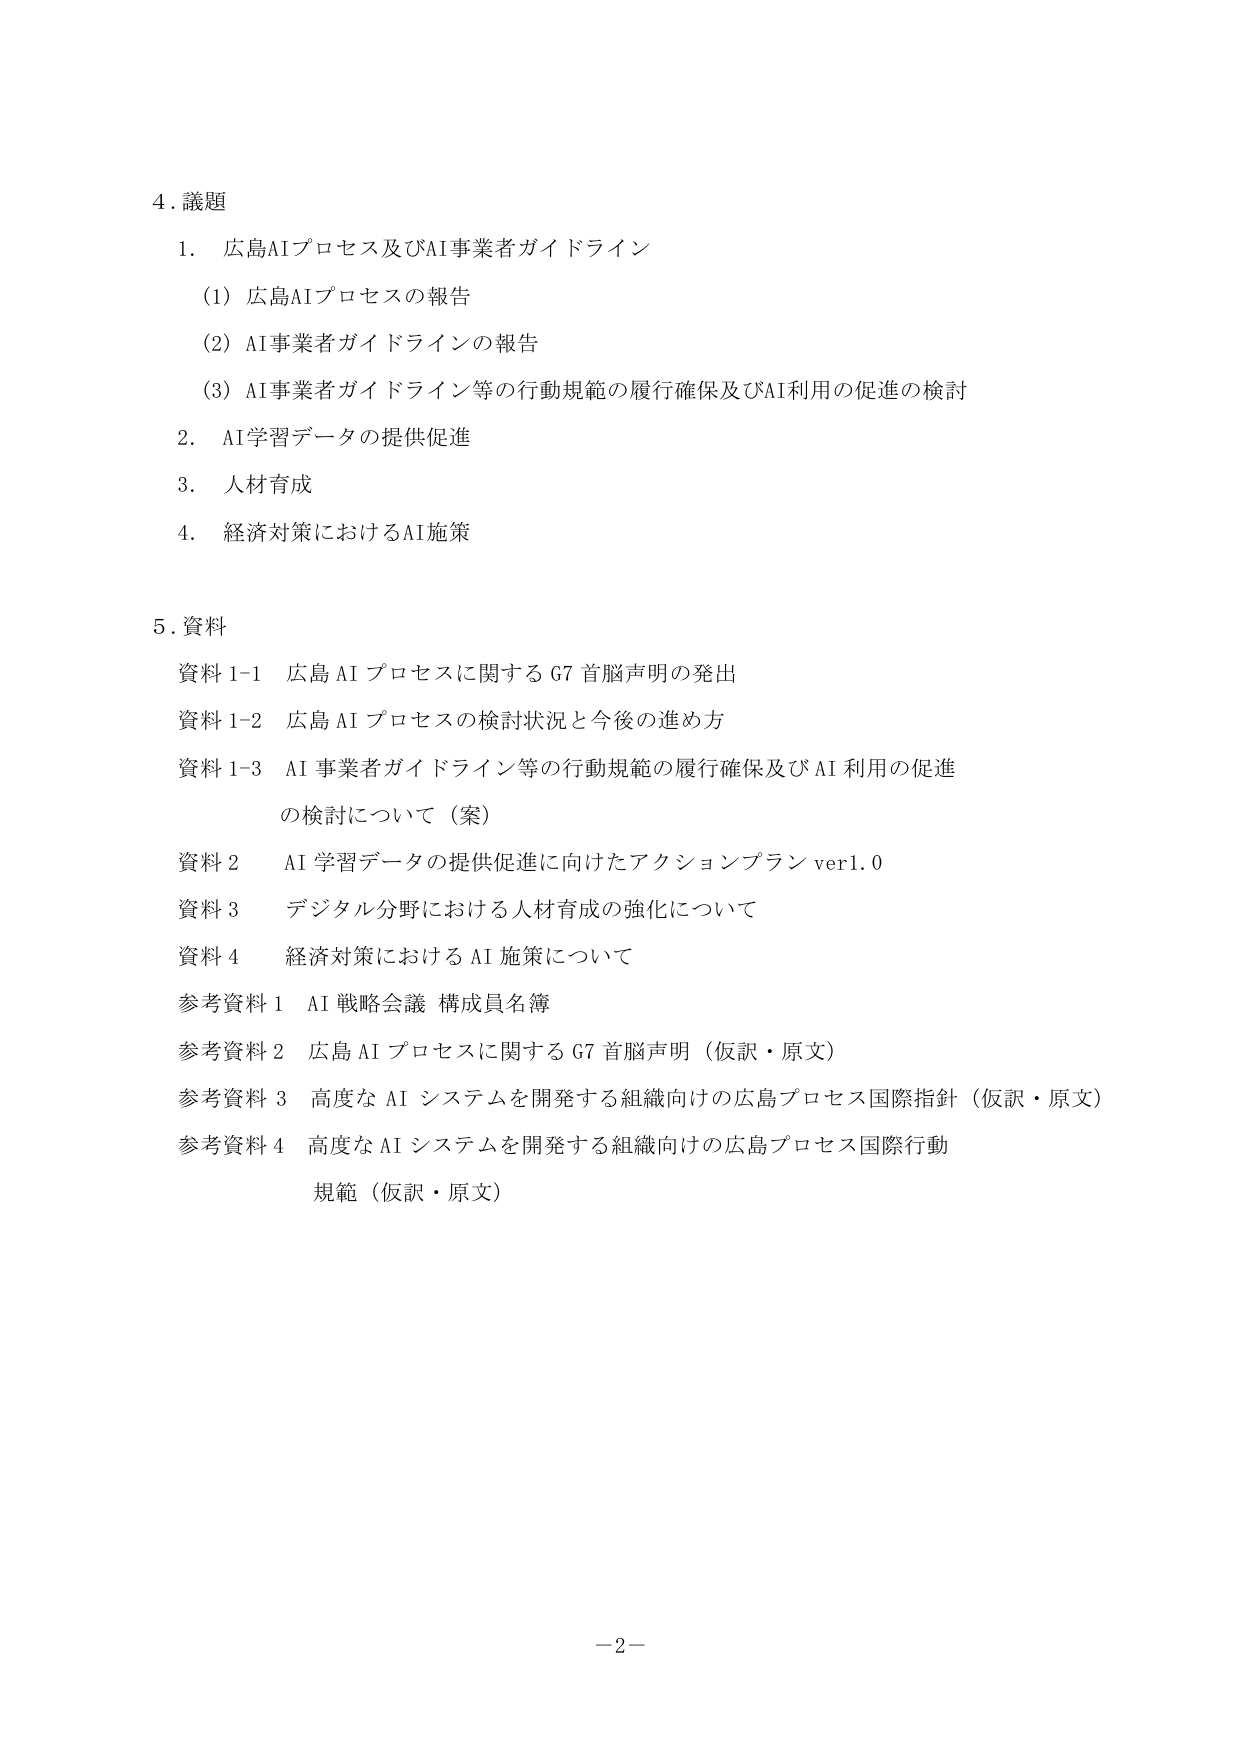
4. 議題
1. 広島AIプロセス及びAI事業者ガイドライン
　(1) 広島AIプロセスの報告
　(2) AI事業者ガイドラインの報告
　(3) AI事業者ガイドライン等の行動規範の履行確保及びAI利用の促進の検討
2. AI学習データの提供促進
3. 人材育成
4. 経済対策におけるAI施策

5. 資料
資料1-1 広島AIプロセスに関するG7首脳声明の発出
資料1-2 広島AIプロセスの検討状況と今後の進め方
資料1-3 AI事業者ガイドライン等の行動規範の履行確保及びAI利用の促進の検討について（案）
資料2 AI学習データの提供促進に向けたアクションプラン ver1.0
資料3 デジタル分野における人材育成の強化について
資料4 経済対策におけるAI施策について
参考資料1 AI戦略会議 構成員名簿
参考資料2 広島AIプロセスに関するG7首脳声明（仮訳・原文）
参考資料3 高度なAIシステムを開発する組織向けの広島プロセス国際指針（仮訳・原文）
参考資料4 高度なAIシステムを開発する組織向けの広島プロセス国際行動規範（仮訳・原文）

－2－